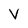
Character: V